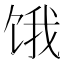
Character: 饿